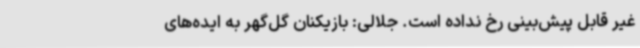
غیر قابل پیش‌بینی رخ نداده است. جلالی: بازیکنان گل‌گهر به ایده‌های